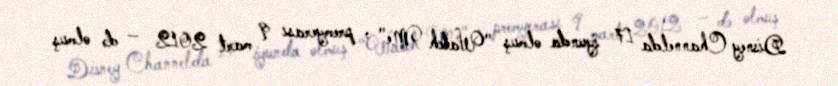
Disney Channelda 17 iyunda olmuş "Watch Me" , premyerası 9 mart 2012 — də olmuş